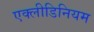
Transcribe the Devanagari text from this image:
एक्लीडिनियम